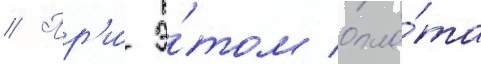
// Пр'и́ э́том опла́та